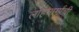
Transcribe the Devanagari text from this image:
लोहमार्गाची